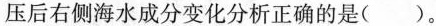
压后右侧海水成分变化分析正确的是()。